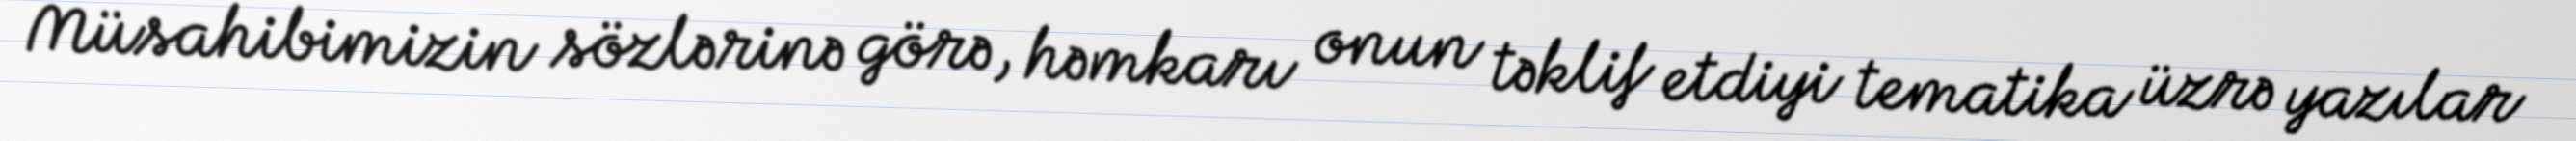
Müsahibimizin sözlərinə görə, həmkarı onun təklif etdiyi tematika üzrə yazılar